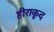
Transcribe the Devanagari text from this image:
हीराकूद